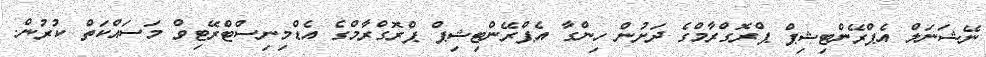
ނޭޝަނަލް އެޕްރޭންޓިޝިޕް ޕްރޮގްރާމްގެ ދަށުން ހިންގާ އެޕްރޭންޓިޝިޕް ޕްރޮގްރާމްގެ އެޑްމިނިސްޓްރޭޓިވް މަސައްކަތް ކުރުން.